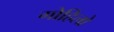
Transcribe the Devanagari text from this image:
गोहिलो